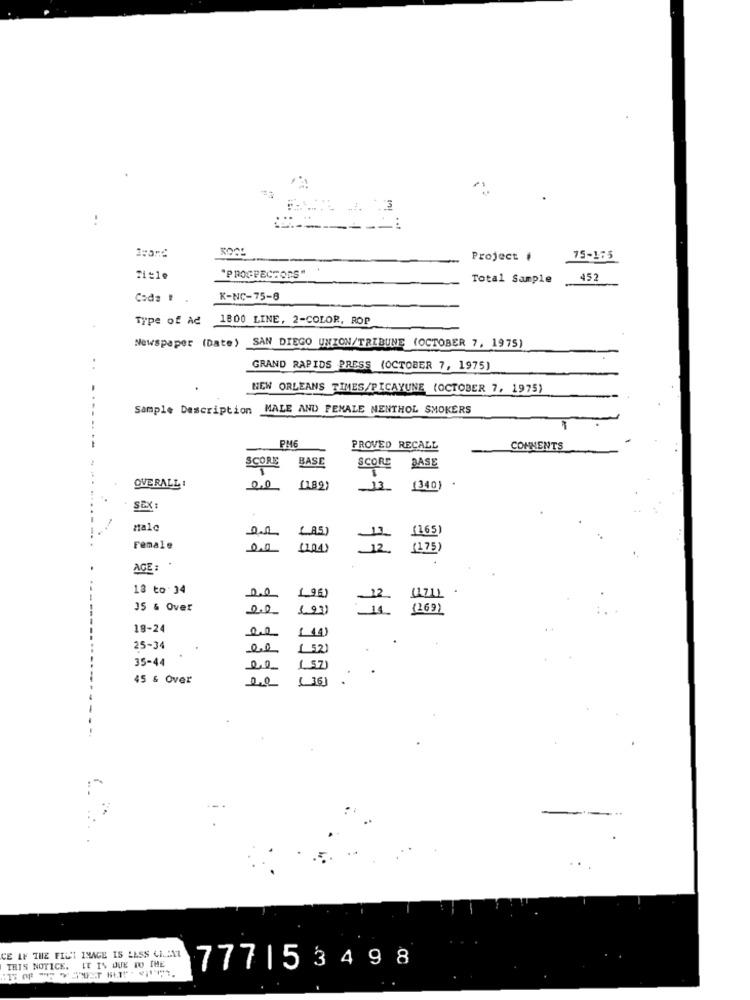
.3
Project #
75-175
"PROSPECTORS"
Total Sample
452
Coda !
K-NC-75-8
Type of AC 1800 LINE, 2-COLOR, ROP
Newspaper (Date) SAN DIEGO UNION/TRIBUNE (OCTOBER 7, 1975)
. .
GRAND RAPIDS PRESS (OCTOBER 7, 1975)
NEW ORLEANS TIMES/PICAYUNE (OCTOBER 7, 1975)
...
Sample Description MALE AND FEMALE NENTHOL SMOKERS
PM6
PROVED RECALL
COMMENTS
SCORE
BASE
SCORE
BASE
1
OVERALL :
0.0
[1.89)
33
(340)
SEX
Malo
13.
(165)
Female
0 .0
(104)
12
(175)
AGE :
18 to:34
ne
196)
12
41711
35 & Over
2.0
(269)
19-24
1.44)
25-34
ee
1 521
35-44
00
( SZ)
45 & Over
2.0
CE AF THE FILE IMAGE IS LESS CIMAL
THIS NOTICE. IT IS DUE TO THE
777|53498